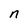
Character: n